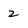
Character: 2